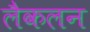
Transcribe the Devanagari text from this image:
लैकलन